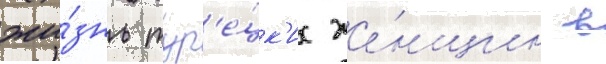
жи́знь тур'е́цк'их же́нщин в